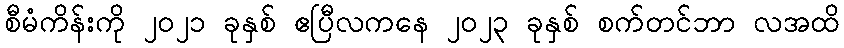
စီမံကိန်းကို ၂၀၂၁ ခုနှစ် ဧပြီလကနေ ၂၀၂၃ ခုနှစ် စက်တင်ဘာ လအထိ